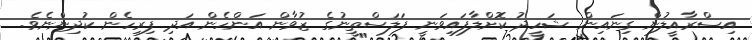
އިސްރާއީލުން ގިނައިން ޝަހީދު ކޮށްލާފައިވަނީ ފަލަސްތީނުގެ ޒުވާން އަންހެން އަދި ފިރިހެން ކުދިންނެވެ.